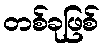
တစ်ခုဖြစ်